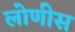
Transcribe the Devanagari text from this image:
लोणीस